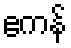
ဧကန်